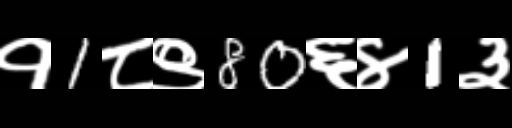
Text: १1८९80६४1३